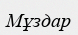
Мұздар